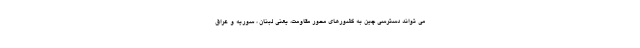
می تواند دسترسی چین به کشورهای محور مقاومت، یعنی لبنان ، سوریه و عراق